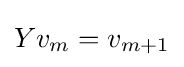
Yv_{m}=v_{m+1}